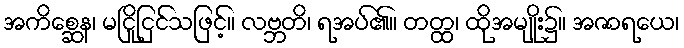
အကိစ္ဆေန၊ မငြိုငြင်သဖြင့်။ လဗ္ဘတိ၊ ရအပ်၏။ တတ္ထ၊ ထိုအမျိုး၌။ အဇာရယေ၊